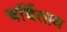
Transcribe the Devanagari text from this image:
चर्चिताय